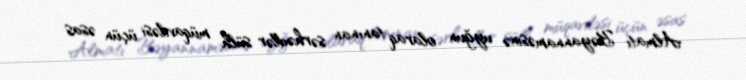
Almatı Bəyannaməsinə uyğun olaraq tanınan sərhədlər sülh müqaviləsi üçün əsas